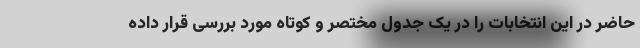
حاضر در این انتخابات را در یک جدول مختصر و کوتاه مورد بررسی قرار داده